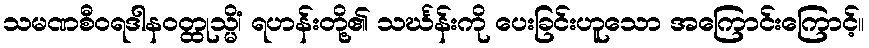
သမဏစီဝရဒါနဝတ္ထုသ္မိံ၊ ရဟန်းတို့၏ သင်္ဃန်းကို ပေးခြင်းဟူသော အကြောင်းကြောင့်။